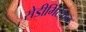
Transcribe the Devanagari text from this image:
सेडीमिंटेशन